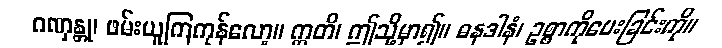
ဂဏှန္တု၊ ဖမ်းယူကြကုန်လော့။ ဣတိ၊ ဤသို့မှာ၍။ ဓနဒါနံ၊ ဥစ္စာကိုပေးခြင်းကို။